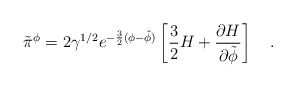
\begin{align*}\tilde{\pi}^{\phi}=2\gamma^{1/2}e^{-\frac{3}{2}(\phi-\tilde{\phi})}\left[ \frac{3}{2}H+\frac{\partial H}{\partial \tilde{\phi}} \right] ~~~.\end{align*}